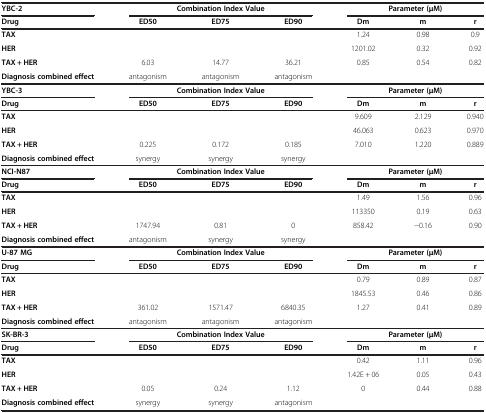
<table><thead><tr><td><b>YBC-2</b></td><td colspan="3"><b>Combination Index Value</b></td><td colspan="3"><b>Parameter (μM)</b></td></tr><tr><td><b>Drug</b></td><td><b>ED50</b></td><td><b>ED75</b></td><td><b>ED90</b></td><td><b>Dm</b></td><td><b>m</b></td><td><b>r</b></td></tr></thead><tbody><tr><td><b>TAX</b></td><td>[EMPTY_CELL]</td><td>[EMPTY_CELL]</td><td>[EMPTY_CELL]</td><td>1.24</td><td>0.98</td><td>0.9</td></tr><tr><td><b>HER</b></td><td>[EMPTY_CELL]</td><td>[EMPTY_CELL]</td><td>[EMPTY_CELL]</td><td>1201.02</td><td>0.32</td><td>0.92</td></tr><tr><td><b>TAX + HER</b></td><td>6.03</td><td>14.77</td><td>36.21</td><td>0.85</td><td>0.54</td><td>0.82</td></tr><tr><td><b>Diagnosis combined effect</b></td><td>antagonism</td><td>antagonism</td><td>antagonism</td><td>[EMPTY_CELL]</td><td>[EMPTY_CELL]</td><td>[EMPTY_CELL]</td></tr><tr><td><b>YBC-3</b></td><td colspan="3"><b>Combination Index Value</b></td><td colspan="3"><b>Parameter (μM)</b></td></tr><tr><td><b>Drug</b></td><td><b>ED50</b></td><td><b>ED75</b></td><td><b>ED90</b></td><td><b>Dm</b></td><td><b>m</b></td><td><b>r</b></td></tr><tr><td><b>TAX</b></td><td>[EMPTY_CELL]</td><td>[EMPTY_CELL]</td><td>[EMPTY_CELL]</td><td>9.609</td><td>2.129</td><td>0.940</td></tr><tr><td><b>HER</b></td><td>[EMPTY_CELL]</td><td>[EMPTY_CELL]</td><td>[EMPTY_CELL]</td><td>46.063</td><td>0.623</td><td>0.970</td></tr><tr><td><b>TAX + HER</b></td><td>0.225</td><td>0.172</td><td>0.185</td><td>7.010</td><td>1.220</td><td>0.889</td></tr><tr><td><b>Diagnosis combined effect</b></td><td>synergy</td><td>synergy</td><td>synergy</td><td>[EMPTY_CELL]</td><td>[EMPTY_CELL]</td><td>[EMPTY_CELL]</td></tr><tr><td><b>NCI-N87</b></td><td colspan="3"><b>Combination Index Value</b></td><td colspan="3"><b>Parameter (μM)</b></td></tr><tr><td><b>Drug</b></td><td><b>ED50</b></td><td><b>ED75</b></td><td><b>ED90</b></td><td><b>Dm</b></td><td><b>m</b></td><td><b>r</b></td></tr><tr><td><b>TAX</b></td><td>[EMPTY_CELL]</td><td>[EMPTY_CELL]</td><td>[EMPTY_CELL]</td><td>1.49</td><td>1.56</td><td>0.96</td></tr><tr><td><b>HER</b></td><td>[EMPTY_CELL]</td><td>[EMPTY_CELL]</td><td>[EMPTY_CELL]</td><td>113350</td><td>0.19</td><td>0.63</td></tr><tr><td><b>TAX + HER</b></td><td>1747.94</td><td>0.81</td><td>0</td><td>858.42</td><td>−0.16</td><td>0.90</td></tr><tr><td><b>Diagnosis combined effect</b></td><td>antagonism</td><td>synergy</td><td>synergy</td><td>[EMPTY_CELL]</td><td>[EMPTY_CELL]</td><td>[EMPTY_CELL]</td></tr><tr><td><b>U-87 MG</b></td><td colspan="3"><b>Combination Index Value</b></td><td colspan="3"><b>Parameter (μM)</b></td></tr><tr><td><b>Drug</b></td><td><b>ED50</b></td><td><b>ED75</b></td><td><b>ED90</b></td><td><b>Dm</b></td><td><b>m</b></td><td><b>r</b></td></tr><tr><td><b>TAX</b></td><td>[EMPTY_CELL]</td><td>[EMPTY_CELL]</td><td>[EMPTY_CELL]</td><td>0.79</td><td>0.89</td><td>0.87</td></tr><tr><td><b>HER</b></td><td>[EMPTY_CELL]</td><td>[EMPTY_CELL]</td><td>[EMPTY_CELL]</td><td>1845.53</td><td>0.46</td><td>0.86</td></tr><tr><td><b>TAX + HER</b></td><td>361.02</td><td>1571.47</td><td>6840.35</td><td>1.27</td><td>0.41</td><td>0.89</td></tr><tr><td><b>Diagnosis combined effect</b></td><td>antagonism</td><td>antagonism</td><td>antagonism</td><td>[EMPTY_CELL]</td><td>[EMPTY_CELL]</td><td>[EMPTY_CELL]</td></tr><tr><td><b>SK-BR-3</b></td><td colspan="3"><b>Combination Index Value</b></td><td colspan="3"><b>Parameter (μM)</b></td></tr><tr><td><b>Drug</b></td><td><b>ED50</b></td><td><b>ED75</b></td><td><b>ED90</b></td><td><b>Dm</b></td><td><b>m</b></td><td><b>r</b></td></tr><tr><td><b>TAX</b></td><td>[EMPTY_CELL]</td><td>[EMPTY_CELL]</td><td>[EMPTY_CELL]</td><td>0.42</td><td>1.11</td><td>0.96</td></tr><tr><td><b>HER</b></td><td>[EMPTY_CELL]</td><td>[EMPTY_CELL]</td><td>[EMPTY_CELL]</td><td>1.42E + 06</td><td>0.05</td><td>0.43</td></tr><tr><td><b>TAX + HER</b></td><td>0.05</td><td>0.24</td><td>1.12</td><td>0</td><td>0.44</td><td>0.88</td></tr><tr><td><b>Diagnosis combined effect</b></td><td>synergy</td><td>synergy</td><td>antagonism</td><td>[EMPTY_CELL]</td><td>[EMPTY_CELL]</td><td>[EMPTY_CELL]</td></tr></tbody></table>